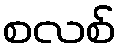
စလစ်